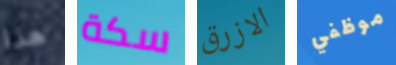
هذا سكة الازرق موظفي